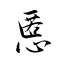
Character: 慝